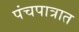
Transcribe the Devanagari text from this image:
पंचपात्रात